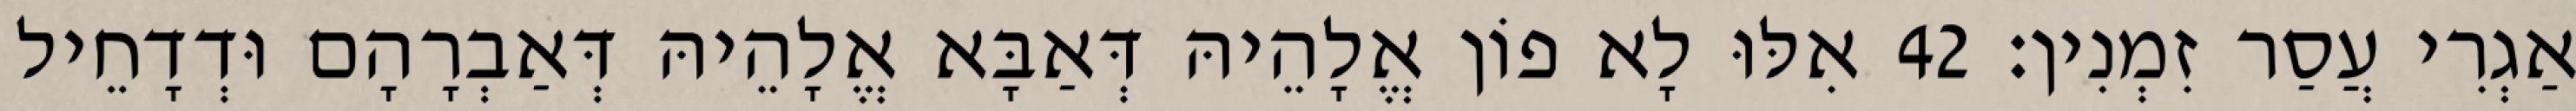
אַגְרִי עֲסַר זִמְנִין׃ 42 אִלּוּ לָא פוֹן אֱלָהֵיהּ דְּאַבָּא אֱלָהֵיהּ דְּאַבְרָהָם וּדְדָחֵיל